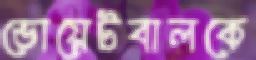
ভোয়েটবালকে